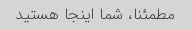
مطمئنا، شما اینجا هستید